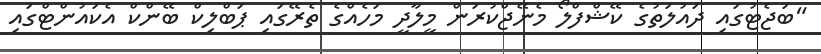
"ބަޖެޓުގައި ދައުލަތުގެ ކޭޝްފްލޯ މެނޭޖްކުރަން މީލާދީ މަހެއްގެ ތެރޭގައި ޕަބްލިކް ބޭންކް އެކައުންޓްގައި